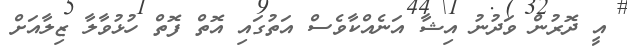
އީ ދޮރުން ވަދުނު އިޝާ އަނެއްކާވެސް އަތުގައި އޮތް ފޮތް ހުޅުވާލާ ޒިލާއަށް